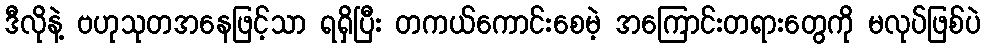
ဒီလိုနဲ့ ဗဟုသုတအနေဖြင့်သာ ရရှိပြီး တကယ်ကောင်းစေမဲ့ အကြောင်းတရားတွေကို မလုပ်ဖြစ်ပဲ